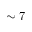
\sim 7